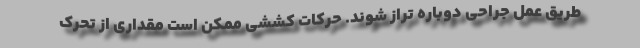
طریق عمل جراحی دوباره تراز شوند. حرکات کششی ممکن است مقداری از تحرک